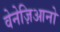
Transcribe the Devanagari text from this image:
वेनेज़िआनो